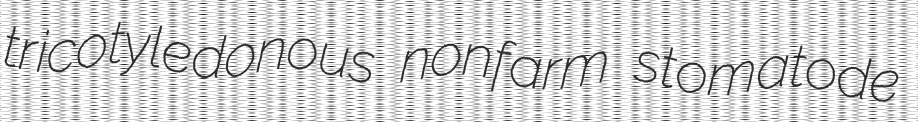
tricotyledonous nonfarm stomatode